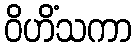
ဝိဟိံသကာ